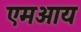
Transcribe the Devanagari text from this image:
एमआय